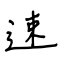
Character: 速